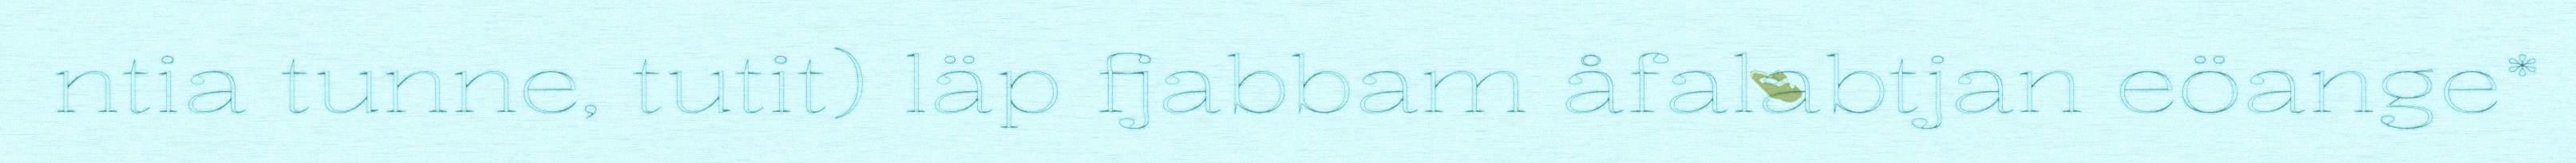
ntia tunne, tutit) läp fjabbam åfalabtjan eöange*